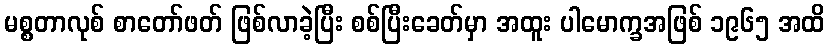
မစ္စတာလုစ် စာတော်ဖတ် ဖြစ်လာခဲ့ပြီး စစ်ပြီးခေတ်မှာ အထူး ပါမောက္ခအဖြစ် ၁၉၆၅ အထိ